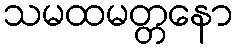
သမထမတ္တနော